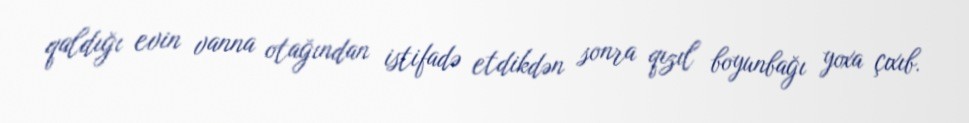
qaldığı evin vanna otağından istifadə etdikdən sonra qızıl boyunbağı yoxa çıxıb.